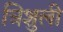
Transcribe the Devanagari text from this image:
त्रिशुली